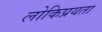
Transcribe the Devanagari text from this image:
लोकिप्रयता